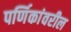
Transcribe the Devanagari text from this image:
पर्णिकांवरील